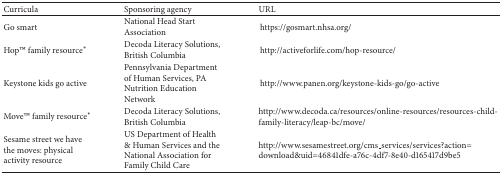
| Curricula | Sponsoring agency | URL |
 | --- | --- | --- |
 | Go smart | National Head Start Association | https://gosmart.nhsa.org/ |
 | HopTM family resource∗ | Decoda Literacy Solutions, British Columbia | http://activeforlife.com/hop-resource/ |
 | Keystone kids go active | Pennsylvania Department of Human Services, PA Nutrition Education Network | http://www.panen.org/keystone-kids-go/go-active |
 | MoveTM family resource∗ | Decoda Literacy Solutions, British Columbia | http://www.decoda.ca/resources/online-resources/resources-child-family-literacy/leap-bc/move/ |
 | Sesame street we have the moves: physical activity resource | US Department of Health & Human Services and the National Association for Family Child Care | http://www.sesamestreet.org/cms_services/services?action=download&uid=46841dfe-a76c-4df7-8e40-d165417d9be5 |